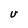
Character: U